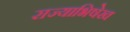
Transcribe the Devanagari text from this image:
राज्याभिषेख